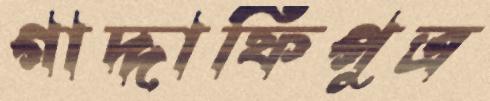
গাদ্দাফিপুত্র